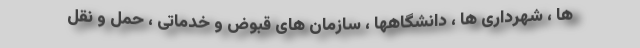
ها ، شهرداری ها ، دانشگاهها ، سازمان های قبوض و خدماتی ، حمل و نقل